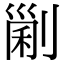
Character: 𠞜